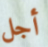
أجل